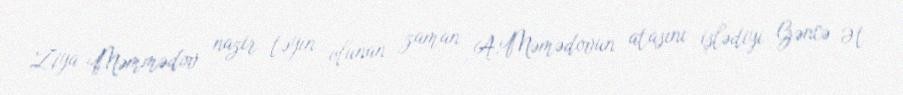
Ziya Məmmədov nazir təyin olunan zaman A.Məmədovun atasını işlədiyi Gəncə Ət